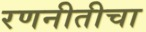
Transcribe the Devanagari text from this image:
रणनीतीचा